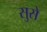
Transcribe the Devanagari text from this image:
सुसे